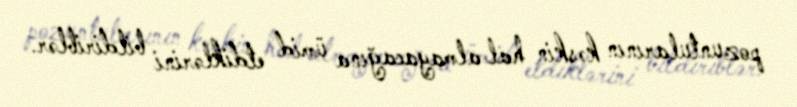
pozuntularının kəskin hal almayacağına ümid etdiklərini bildiriblər.